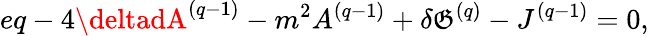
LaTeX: eq-4\deltadA^{(q-1)}-m^{2}A^{(q-1)}+\delta\mathfrak{G}^{(q)}-J^{(q-1)}=0,